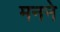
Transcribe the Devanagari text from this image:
मनने